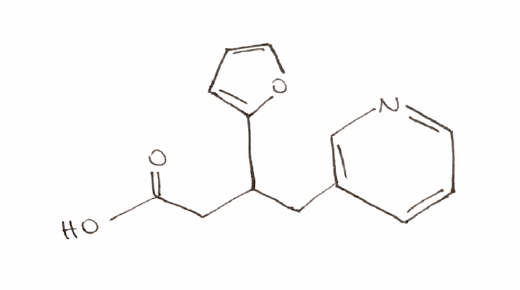
Simplified molecular-input line-entry system (SMILES) notation of the given molecule:
C1=CC(=CN=C1)CC(CC(=O)O)C2=CC=CO2